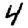
Digit: 4